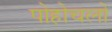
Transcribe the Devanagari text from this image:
पोहोचलो